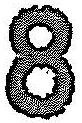
8